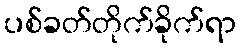
ပစ်ခတ်တိုက်ခိုက်ရာ